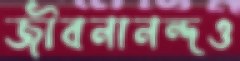
জীবনানন্দও